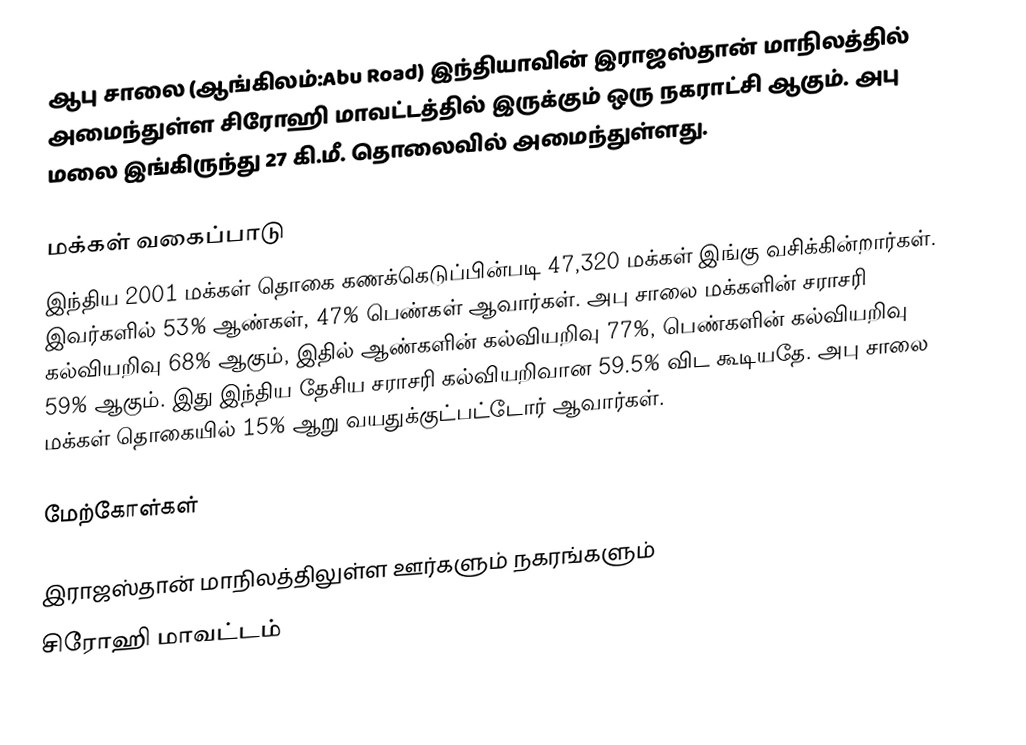
ஆபு சாலை (ஆங்கிலம்:Abu Road) இந்தியாவின் இராஜஸ்தான் மாநிலத்தில் அமைந்துள்ள சிரோஹி மாவட்டத்தில் இருக்கும் ஒரு நகராட்சி ஆகும். அபு மலை இங்கிருந்து 27 கி.மீ. தொலைவில் அமைந்துள்ளது.

மக்கள் வகைப்பாடு
இந்திய 2001 மக்கள் தொகை கணக்கெடுப்பின்படி 47,320 மக்கள் இங்கு வசிக்கின்றார்கள். இவர்களில் 53% ஆண்கள், 47% பெண்கள் ஆவார்கள். அபு சாலை மக்களின் சராசரி கல்வியறிவு 68% ஆகும்,  இதில் ஆண்களின் கல்வியறிவு 77%,  பெண்களின் கல்வியறிவு 59% ஆகும். இது இந்திய தேசிய சராசரி கல்வியறிவான 59.5% விட கூடியதே. அபு சாலை மக்கள் தொகையில் 15%  ஆறு வயதுக்குட்பட்டோர் ஆவார்கள்.

மேற்கோள்கள்

இராஜஸ்தான் மாநிலத்திலுள்ள ஊர்களும் நகரங்களும்
சிரோஹி மாவட்டம்